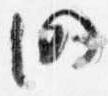
仍